Vaccination in Bombay 1874-1876 - 1874-1876
Year: 1874
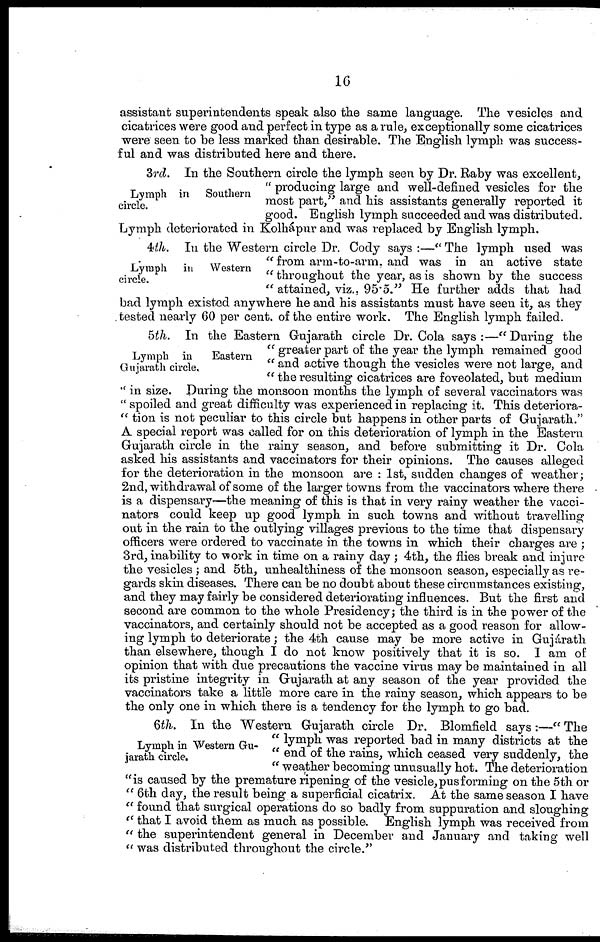
16
assistant superintendents speak also the same language. The vesicles and
cicatrices were good and perfect in type as a rule, exceptionally some cicatrices
were seen to be less marked than desirable. The English lymph was success-
ful and was distributed here and there.
Lymph in Southern
circle.
3rd. In the Southern circle the lymph seen by Dr. Raby was excellent,
" producing large and well-defined vesicles for the
most part," and his assistants generally reported it
good. English lymph succeeded and was distributed.
Lymph deteriorated in Kolhápur and was replaced by English lymph.
Lymph in Western
circle.
4th. In the Western circle Dr. Cody says :—" The lymph used was
" from arm-to-arm, and was in an active state
" throughout the year, as is shown by the success
" attained, viz., 95.5." He further adds that had
bad lymph existed any where he and his assistants must have seen it, as they
tested nearly 60 per cent. of the entire work. The English lymph failed.
Lymph in
Eastern
Gujarath circle.
5th. In the Eastern Gujarath circle Dr. Cola says:—"During the
" greater part of the year the lymph remained good
" and active though the vesicles were not large, and
" the resulting cicatrices are foveolated, but medium
" in size. During the monsoon months the lymph of several vaccinators was
" spoiled and great difficulty was experienced in replacing it. This deteriora-
" tion is not peculiar to this circle but happens in other parts of Gujarath."
A special report was called for on this deterioration of lymph in the Eastern
Gujarath circle in the rainy season, and before submitting it Dr. Cola
asked his assistants and vaccinators for their opinions. The causes alleged
for the deterioration in the monsoon are : 1st, sudden changes of weather;
2nd, withdrawal of some of the larger towns from the vaccinators where there
is a dispensary—the meaning of this is that in very rainy weather the vacci-
nators could keep up good lymph in such towns and without travelling
out in the rain to the outlying villages previous to the time that dispensary
officers were ordered to vaccinate in the towns in which their charges are ;
3rd, inability to work in time on a rainy day ; 4th, the flies break and injure
the vesicles ; and 5th, unhealthiness of the monsoon season, especially as re-
gards skin diseases. There can be no doubt about these circumstances existing,
and they may fairly be considered deteriorating influences. But the first and
second are common to the whole Presidency; the third is in the power of the
vaccinators, and certainly should not be accepted as a good reason for allow-
ing lymph to deteriorate; the 4th cause may be more active in Gujárath
than elsewhere, though I do not know positively that it is so. I am of
opinion that with due precautions the vaccine virus may be maintained in all
its pristine integrity in Gujarath at any season of the year provided the
vaccinators take a little more care in the rainy season, which appears to be
the only one in which there is a tendency for the lymph to go bad.
Lymph in Western Gu-
jarath circle.
6th. In the Western Gujarath circle Dr. Blomfield says :—" The
" lymph was reported bad in many districts at the
" end of the rains, which ceased very suddenly, the
" weather becoming unusually hot. The deterioration
"is caused by the premature ripening of the vesicle, pusforming on the 5th or
" 6th day, the result being a superficial cicatrix. At the same season I have
" found that surgical operations do so badly from suppuration and sloughing
" that I avoid them as much as possible. English lymph was received from
" the superintendent general in December and January and taking well
" was distributed throughout the circle."